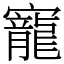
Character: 寵